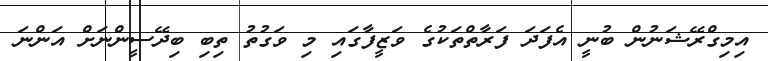
އިމިގްރޭޝަނުން ބުނީ އެފަދަ ފަރާތްތަކުގެ ވަޒީފާގައި މި ވަގުތު ތިބި ބިދޭސީންނަށް އަންނަ